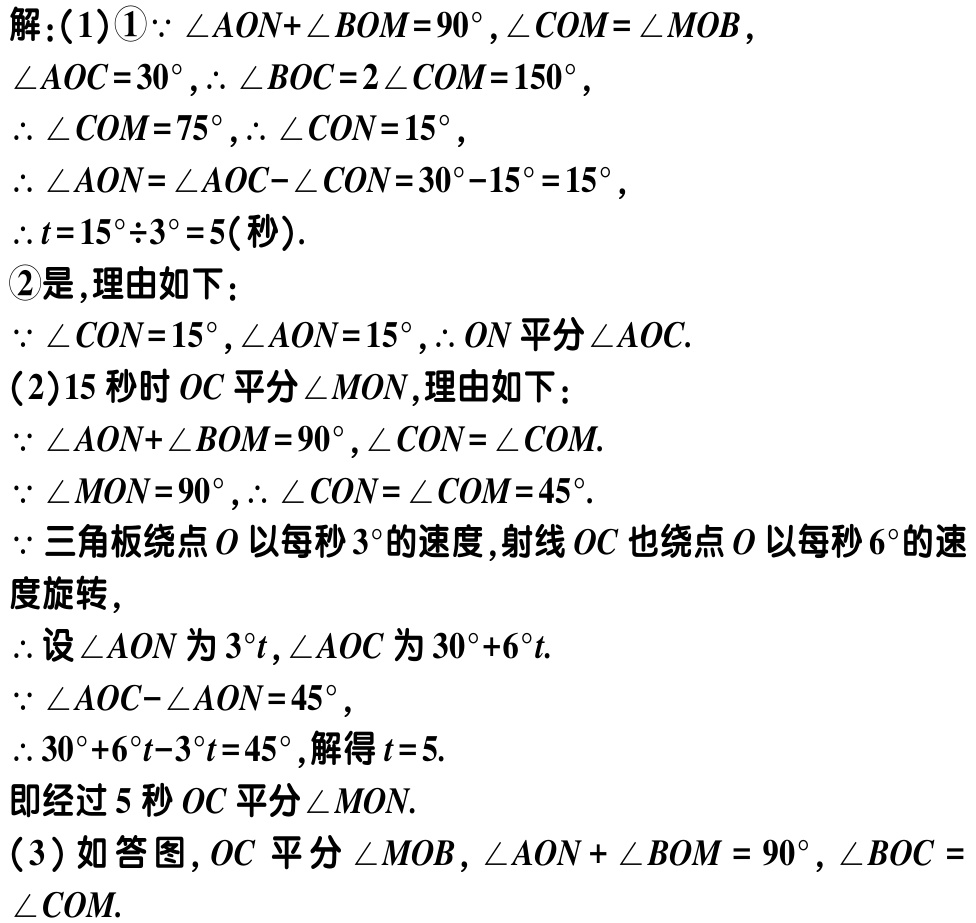
解：(1)\textcircled{1}$\because \angle AON + \angle BOM = 90^{\circ}, \angle COM = \angle MOB$,

$\angle AOC = 30^{\circ}, \therefore \angle BOC = 2\angle COM = 150^{\circ}$,

$\therefore \angle COM = 75^{\circ}, \therefore \angle CON = 15^{\circ}$,

$\therefore \angle AON = \angle AOC - \angle CON = 30^{\circ} - 15^{\circ} = 15^{\circ}$,

$\therefore t = 15^{\circ} \div 3^{\circ} = 5$(秒).

\textcircled{2}是,理由如下：

$\because \angle CON = 15^{\circ}, \angle AON = 15^{\circ}, \therefore ON$平分$\angle AOC$.

(2)$15$秒时$OC$平分$\angle MON$,理由如下：

$\because \angle AON + \angle BOM = 90^{\circ}, \angle CON = \angle COM$.

$\because \angle MON = 90^{\circ}, \therefore \angle CON = \angle COM = 45^{\circ}$.

$\because$三角板绕点$O$以每秒$3^{\circ}$的速度,射线$OC$也绕点$O$以每秒$6^{\circ}$的速

度旋转,

$\therefore$设$\angle AON$为$3^{\circ}t,\angle AOC$为$30^{\circ} + 6^{\circ}t$.

$\because \angle AOC - \angle AON = 45^{\circ}$,

$\therefore 30^{\circ} + 6^{\circ}t - 3^{\circ}t = 45^{\circ}$,解得$t = 5$.

即经过$5$秒$OC$平分$\angle MON$.

(3)如答图,$OC$平分$\angle MOB, \angle AON + \angle BOM = 90^{\circ}, \angle BOC = \angle COM$.